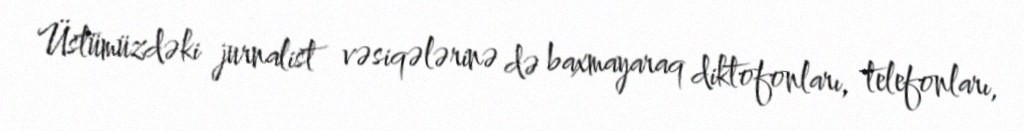
Üstümüzdəki jurnalist vəsiqələrinə də baxmayaraq diktofonları, telefonları,